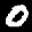
Label: 0